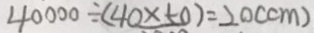
4 0 0 0 \div ( 4 0 \times 5 0 ) = 2 0 ( c m )